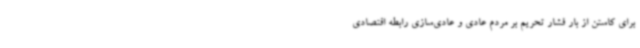
برای کاستن از بار فشار تحریم بر مردم عادی و عادی‌سازی رابطه اقتصادی